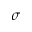
\sigma